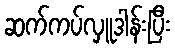
ဆက်ကပ်လှူဒါန်းပြီး